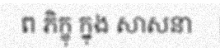
ព ភិក្ខុ ក្នុង សាសនា